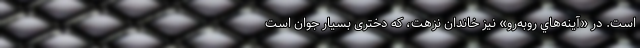
است. در «آينه‌هاي روبه‌رو» نيز خاندان نزهت، كه دختری بسيار جوان است